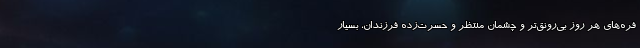
فره‌های هر روز بی‌رونق‌تر و چشمان منتظر و حسرت‌زده فرزندان، بسیار